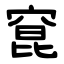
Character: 窤